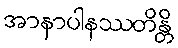
အာနာပါနဿတိန္တိ